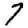
Digit: 7